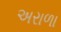
અરાળા